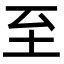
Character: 至